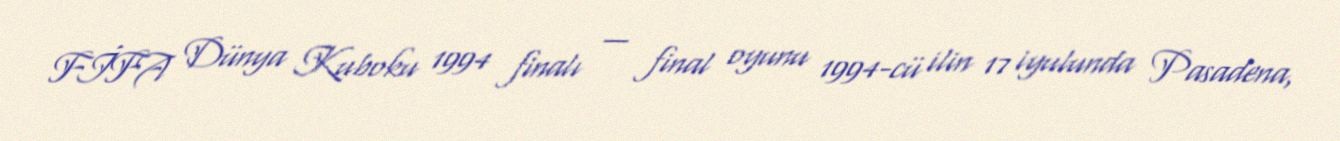
FİFA Dünya Kuboku 1994 finalı — final oyunu 1994-cü ilin 17 iyulunda Pasadena,